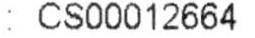
: CS00012664